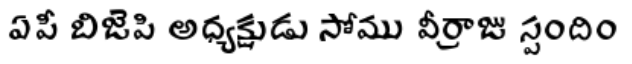
ఏపీ బిజెపి అధ్యక్షుడు సోము వీర్రాజు స్పందిం